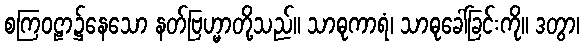
စကြဝဠာ၌နေသော နတ်ဗြဟ္မာတို့သည်။ သာဓုကာရံ၊ သာဓုခေါ်ခြင်းကို။ ဒတွာ၊